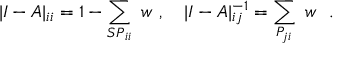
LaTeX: | I - A | _ { i i } = 1 - \sum _ { { \cal S P } _ { i i } } \ w \ , \quad | I - A | _ { i j } ^ { - 1 } = \sum _ { { \cal P } _ { j i } } \ w \ \ .